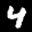
Label: 4